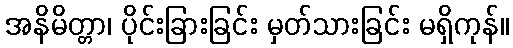
အနိမိတ္တာ၊ ပိုင်းခြားခြင်း မှတ်သားခြင်း မရှိကုန်။